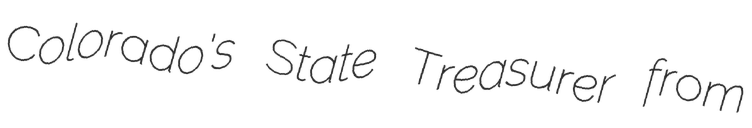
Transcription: Colorado's State Treasurer from